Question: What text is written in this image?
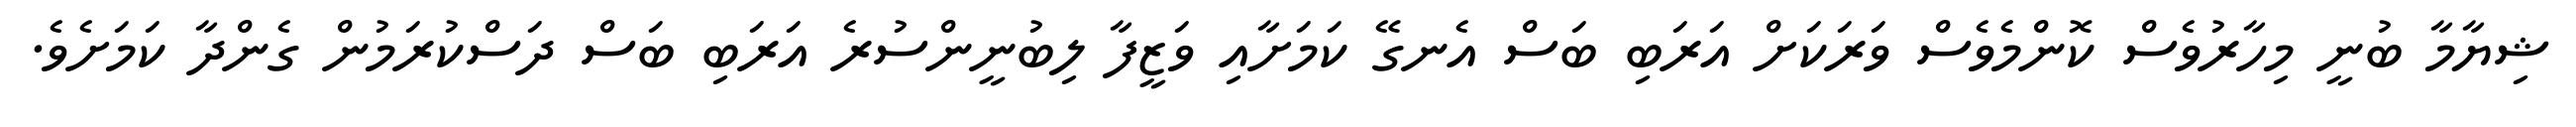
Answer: ޝިޔާމާ ބުނީ މިހާރުވެސް ކޮންމެވެސް ވަރަކަށް އަރަބި ބަސް އެނގޭ ކަމަށާއި ވަޒީފާ ލިބުނީންސުރެ އަރަބި ބަސް ދަސްކުރަމުން ގެންދާ ކަމަށެވެ.